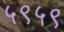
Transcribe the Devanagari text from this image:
५९५९